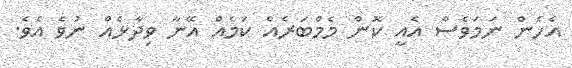
އެހެން ނަމަވެސް އެއީ ކޮން މެމްބަރެއް ކަމެއް އޭނާ ވިދާޅެއް ނުވެ އެވެ.